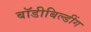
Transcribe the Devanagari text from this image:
बॉडीबिल्डींग